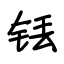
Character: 铥